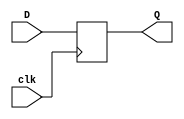
module dff (clk,Q,D);

 output Q;
 input D;
 input clk;
 reg Q=0;

 always @(posedge clk)
 begin
     Q = D;
 end
endmodule


module s27(GND,VDD,CK,G0,G1,G17,G2,G3);
input GND,VDD,CK,G0,G1,G2,G3;
output G17;

  wire G5,G10,G6,G11,G7,G13,G14,G8,G15,G12,G16,G9;

  dff DFF_0(CK,G5,G10);
  dff DFF_1(CK,G6,G11);
  dff DFF_2(CK,G7,G13);
  not NOT_0(G14,G0);
  not NOT_1(G17,G11);
  and AND2_0(G8,G14,G6);
  or OR2_0(G15,G12,G8);
  or OR2_1(G16,G3,G8);
  nand NAND2_0(G9,G16,G15);
  nor NOR2_0(G10,G14,G11);
  nor NOR2_1(G11,G5,G9);
  nor NOR2_2(G12,G1,G7);
  nor NOR2_3(G13,G2,G12);

endmodule